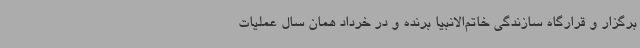
برگزار و قرارگاه سازندگی خاتم‌الانبیا برنده و در خرداد همان سال عملیات